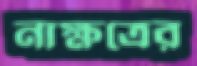
নাক্ষত্রের